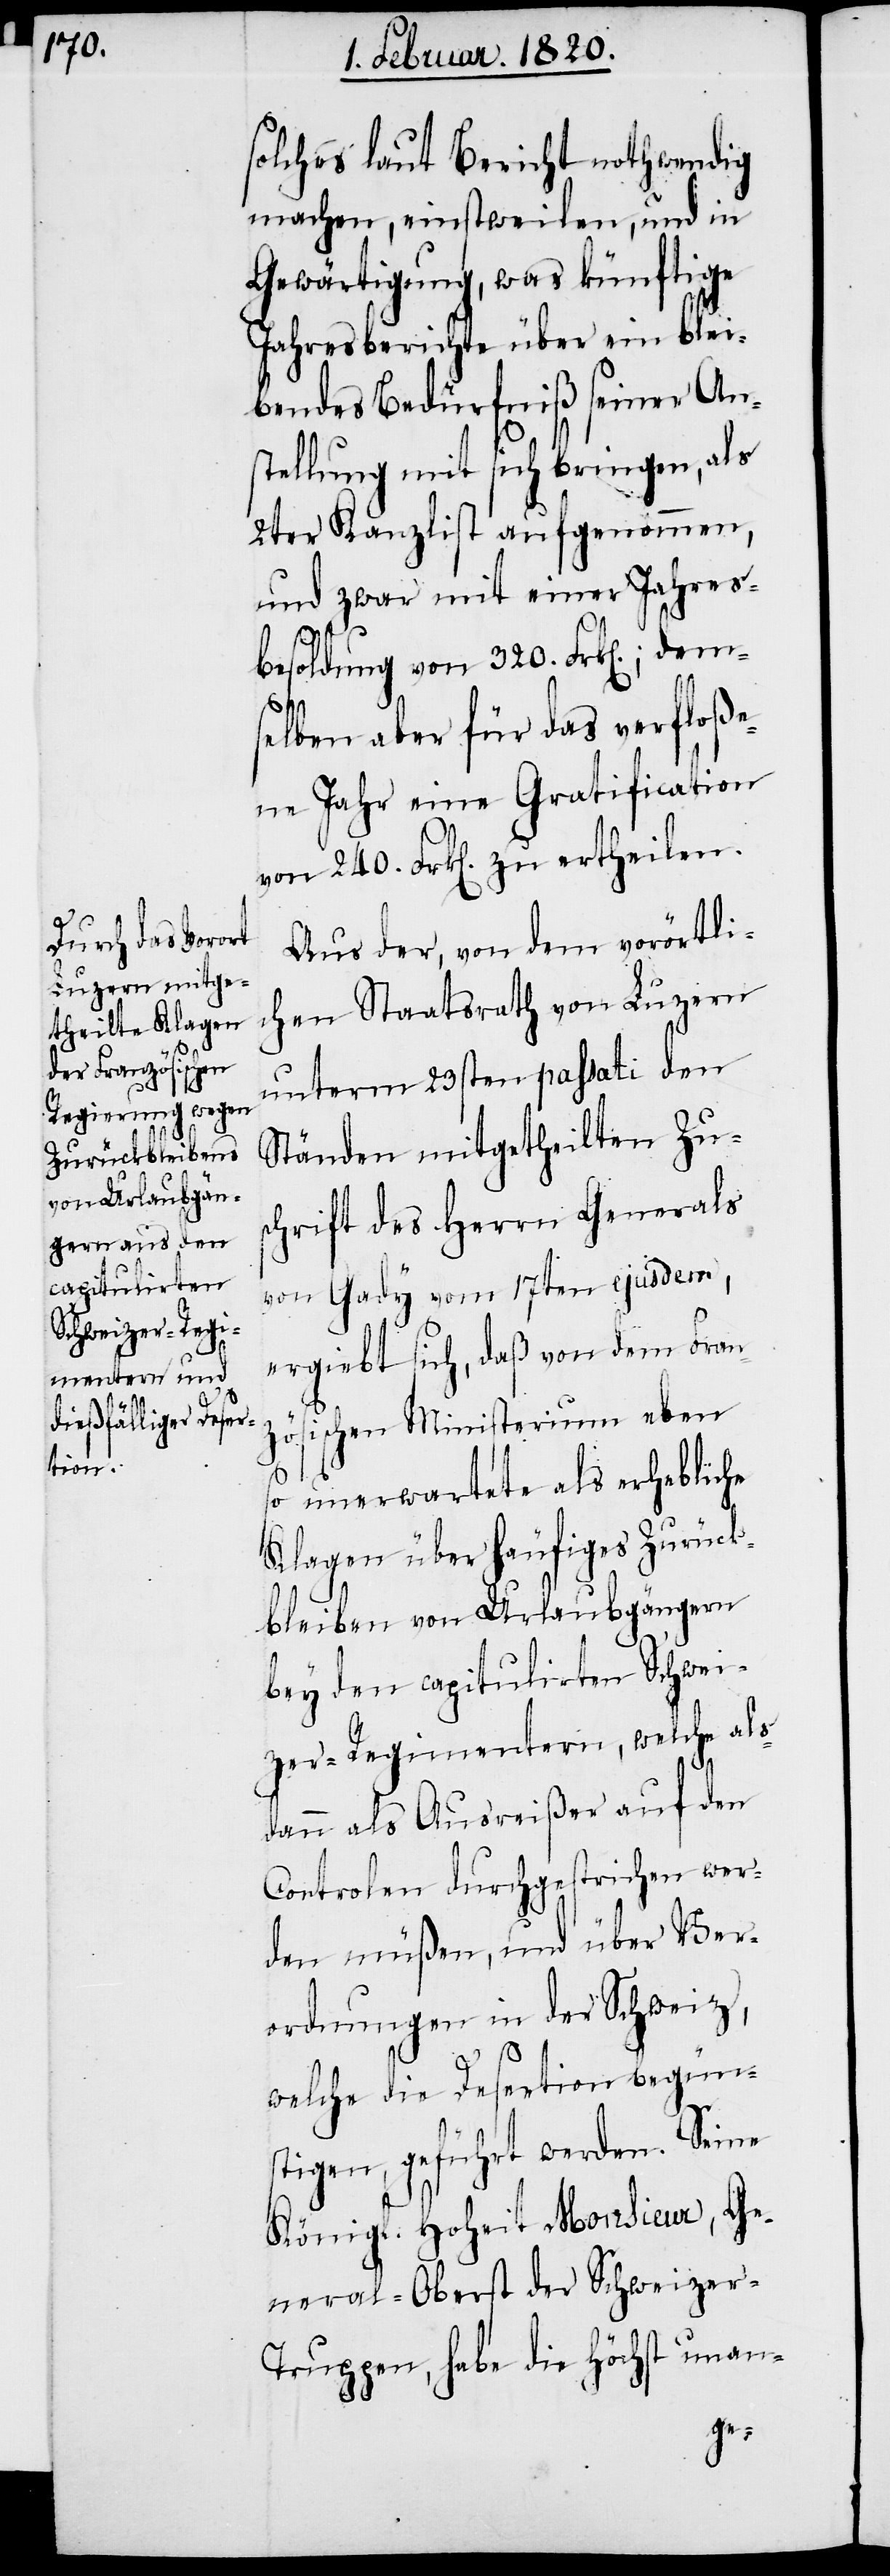
solches laut Bericht nothwendig
machen, einstweilen, und in
Gewärtigung, was künftige
Jahresberichte über ein blei¬
bendes Bedürfniß seiner An¬
stellung mit sich bringen, als
2ter Kanzlist aufgenommen,
und zwar mit einer Jahres¬
besoldung von 320. Frk[en].; dem¬
selben aber für das verfloße¬
ne Jahr eine Gratification
Aus der, von dem vorörtli¬
chen Staatsrath von Luzern
unterm 23sten passati den
Ständen mitgetheilten Zu¬
schrift des Herrn Generals
von Gady vom 17ten ejusdem,
ergiebt sich, daß von dem Fran¬
zösischen Ministerium eben
so unerwartete als erhebliche
Klagen über häufiges Zurück¬
bleiben von Urlaubgängern
bey den capitulirten Schwei¬
zer-Regimentern, welche als¬
dann als Ausreißer auf den
Controlen durchgestrichen wer¬
den müßen, und über Ver¬
ordnungen in der Schweiz,
welche die Desertion begün¬
stigen, geführt werden. Seine
Königl. Hoheit Monsieur, Ge¬
neral-Oberst der Schweizer-T¬
ruppen, habe die Höchst unan-